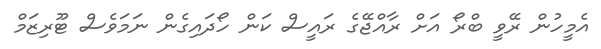
އެމީހުން ރޭވީ ބްރޯ އަށް ރާއްޖޭގެ ރައީސް ކަން ހޯދައިގެން ނަމަވެސް ޓޫރިޒަމް